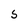
Character: 5